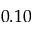
0 . 1 0